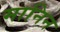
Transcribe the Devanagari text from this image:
मानिन